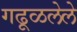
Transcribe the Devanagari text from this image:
गढूळलेले